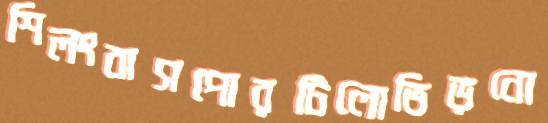
শিলংবাসপোরটিলোভিড়নো